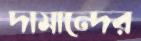
দামান্দের